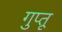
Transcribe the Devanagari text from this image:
गुप्तू